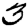
Digit: 3